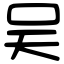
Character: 吴